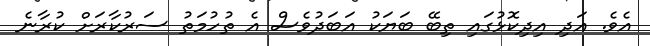
އެވެ. އަދި އިދިކޮޅުގައި ތިބޭ ބަޔަކު އަބަދުވެސް އެ ތުހުމަތު ސަރުކާރަށް ކުރާނެ